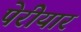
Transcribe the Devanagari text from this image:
पेरीयार